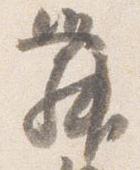
舞